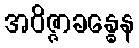
အဝိဇ္ဇာခန္ဓေန